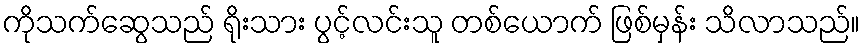
ကိုသက်ဆွေသည် ရိုးသား ပွင့်လင်းသူ တစ်ယောက် ဖြစ်မှန်း သိလာသည်။